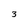
Character: 3